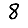
Digit: 8